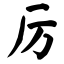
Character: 厉